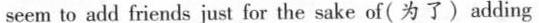
seem to add friends just for the sake of(为了)adding